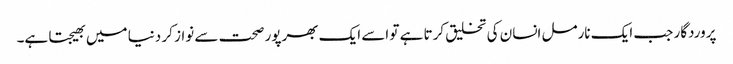
پروردگار جب ایک نارمل انسان کی تخلیق کرتا ہے تو اسے ایک بھرپور صحت سے نواز کر دنیا میں بھیجتا ہے۔